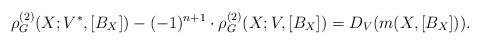
LaTeX: \begin{align*}\rho^{(2)}_G(X;V^*,[B_X]) - (-1)^{n+1} \cdot \rho^{(2)}_G(X;V,[B_X]) = D_V(m(X,[B_X])).\end{align*}